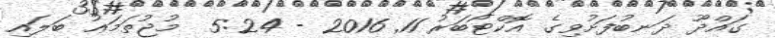
ގައްދޫ ދަނބުފަށުވިގެ އޮކްޓޯބަރު 11